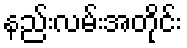
နည်းလမ်းအတိုင်း